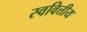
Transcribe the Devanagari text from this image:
स्ववित्तीय